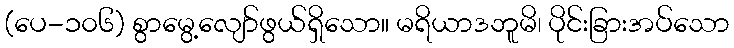
(ပေ-၁၀၆) စွာမွေ့လျော်ဖွယ်ရှိသော။ မရိယာဒဘူမိ၊ ပိုင်းခြားအပ်သော